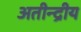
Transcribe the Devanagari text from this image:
अतीन्‍द्रीय